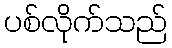
ပစ်လိုက်သည်